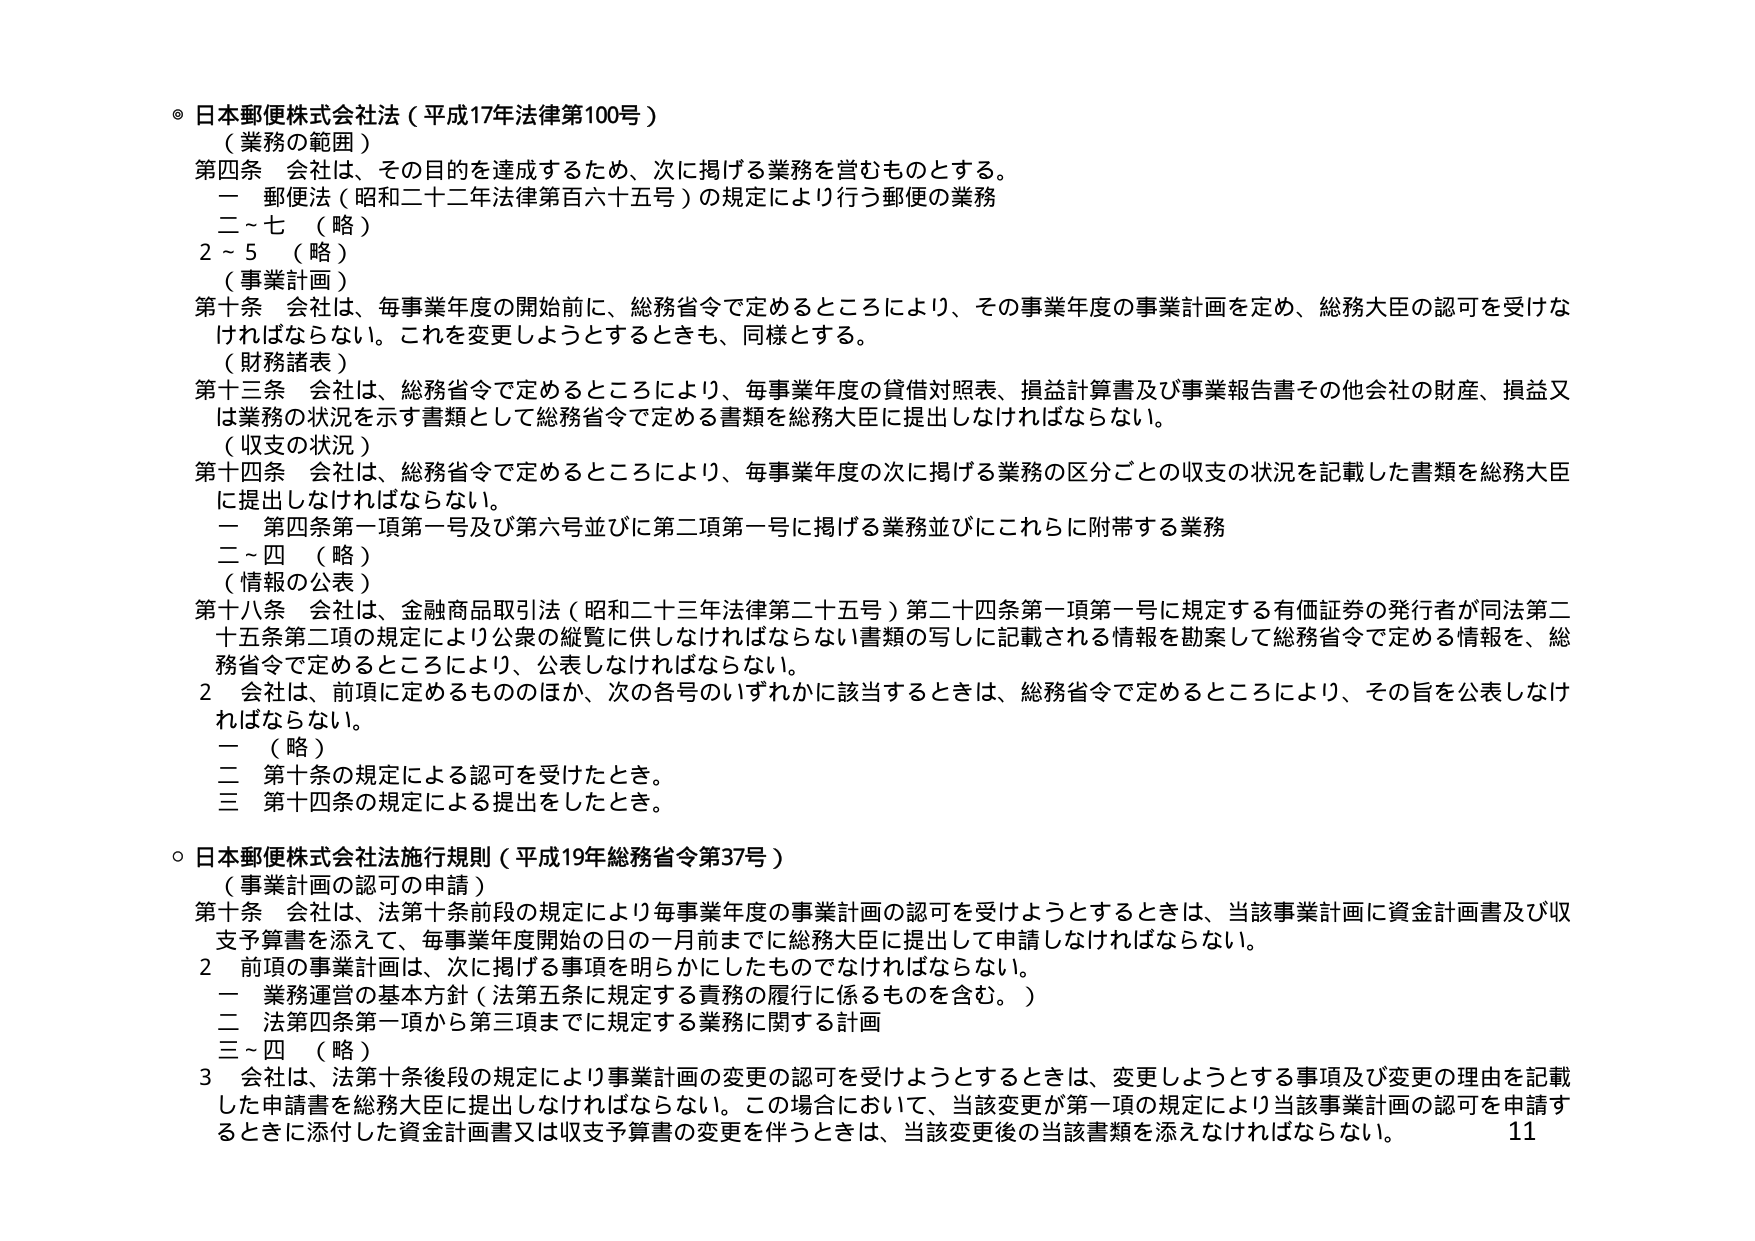
◎ 日本郵便株式会社法（平成17年法律第100号）
（業務の範囲）
第四条 会社は、その目的を達成するため、次に掲げる業務を営むものとする。
　一 郵便法（昭和二十二年法律第百六十五号）の規定により行う郵便の業務
　二～七 （略）
　2～5 （略）
（事業計画）
第十条 会社は、毎事業年度の開始前に、総務省令で定めるところにより、その事業年度の事業計画を定め、総務大臣の認可を受けなければならない。これを変更しようとするときも、同様とする。
（財務諸表）
第十三条 会社は、総務省令で定めるところにより、毎事業年度の貸借対照表、損益計算書及び事業報告書その他会社の財産、損益又は業務の状況を示す書類として総務省令で定める書類を総務大臣に提出しなければならない。
（収支の状況）
第十四条 会社は、総務省令で定めるところにより、毎事業年度の次に掲げる業務の区分ごとの収支の状況を記載した書類を総務大臣に提出しなければならない。
　一 第四条第一項第一号及び第六号並びに第二項第一号に掲げる業務並びにこれらに附帯する業務
　二～四 （略）
（情報の公表）
第十八条 会社は、金融商品取引法（昭和二十三年法律第二十五号）第二十四条第一項第一号に規定する有価証券の発行者が同法第二十五条第二項の規定により公衆の縦覧に供しなければならない書類の写しに記載される情報を勘案して総務省令で定める情報を、総務省令で定めるところにより、公表しなければならない。
　2 会社は、前項に定めるもののほか、次の各号のいずれかに該当するときは、総務省令で定めるところにより、その旨を公表しなければならない。
　一 （略）
　二 第十条の規定による認可を受けたとき。
　三 第十四条の規定による提出をしたとき。

◎ 日本郵便株式会社法施行規則（平成19年総務省令第37号）
（事業計画の認可の申請）
第十条 会社は、法第十条前段の規定により毎事業年度の事業計画の認可を受けようとするときは、当該事業計画に資金計画書及び収支予算書を添えて、毎事業年度開始の日の一月前までに総務大臣に提出して申請しなければならない。
　2 前項の事業計画は、次に掲げる事項を明らかにしたものでなければならない。
　一 業務運営の基本方針（法第五条に規定する責務の履行に係るものを含む。）
　二 法第四条第一項から第三項までに規定する業務に関する計画
　三～四 （略）
　3 会社は、法第十条後段の規定により事業計画の変更の認可を受けようとするときは、変更しようとする事項及び変更の理由を記載した申請書を総務大臣に提出しなければならない。この場合において、当該変更が第一項の規定により当該事業計画の認可を申請するときに添付した資金計画書又は収支予算書の変更を伴うときは、当該変更後の当該書類を添えなければならない。
11